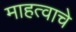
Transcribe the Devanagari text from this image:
माहत्वाचे